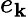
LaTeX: e_{\mathbf{k}}